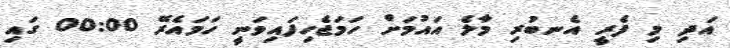
އަދި މި ފެރީ އެނބުރި މާލެ އައުމަށް ހަމަޖެހިފައިވަނީ ހަމައެރޭ 00:00 ގައި